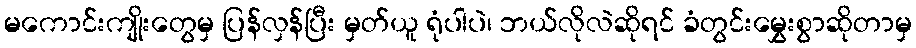
မကောင်းကျိုးတွေမှ ပြန်လှန်ပြီး မှတ်ယူ ရုံပါပဲ၊ ဘယ်လိုလဲဆိုရင် ခံတွင်းမွှေးစွာဆိုတာမှ